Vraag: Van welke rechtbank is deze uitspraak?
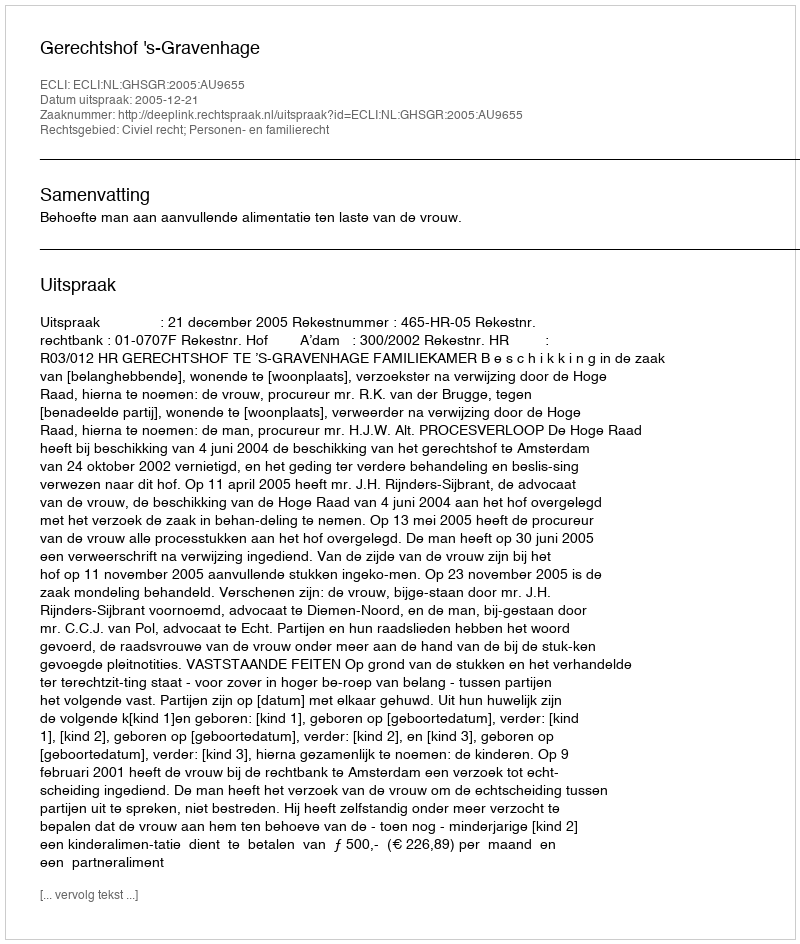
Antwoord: Gerechtshof 's-Gravenhage